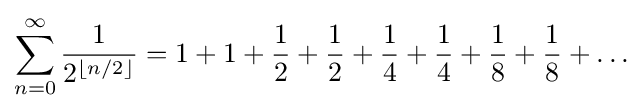
\sum _{n=0}^{\infty }{\frac {1}{2^{\lfloor n/2\rfloor }}}=1+1+{\frac {1}{2}}+{\frac {1}{2}}+{\frac {1}{4}}+{\frac {1}{4}}+{\frac {1}{8}}+{\frac {1}{8}}+\ldots